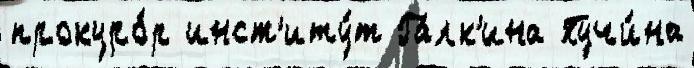
прокуро́р инст'иту́т Га́лк'ина Пучи́на